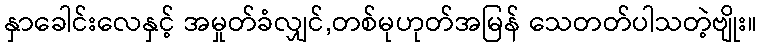
နှာခေါင်းလေနှင့် အမှုတ်ခံလျှင်,တစ်မုဟုတ်အမြန် သေတတ်ပါသတဲ့ဗျိုး။